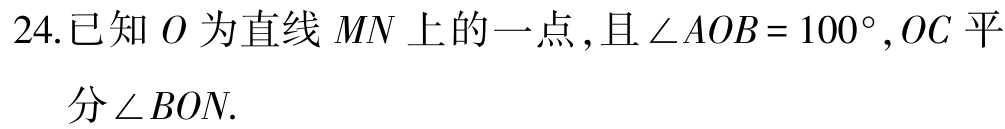
24.已知 \(O\) 为直线 \(MN\) 上的一点,且 \(\angle AOB = 100^{\circ},OC\) 平分 \(\angle BON\).